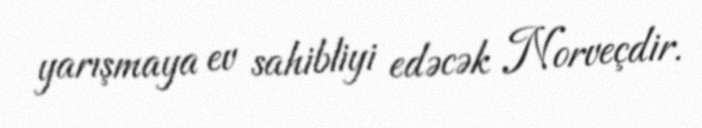
yarışmaya ev sahibliyi edəcək Norveçdir.